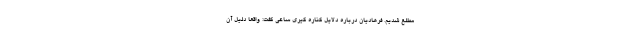
مطلع شدیم. فرهادیان درباره دلایل کناره گیری ساعی گفت: واقعا دلیل آن